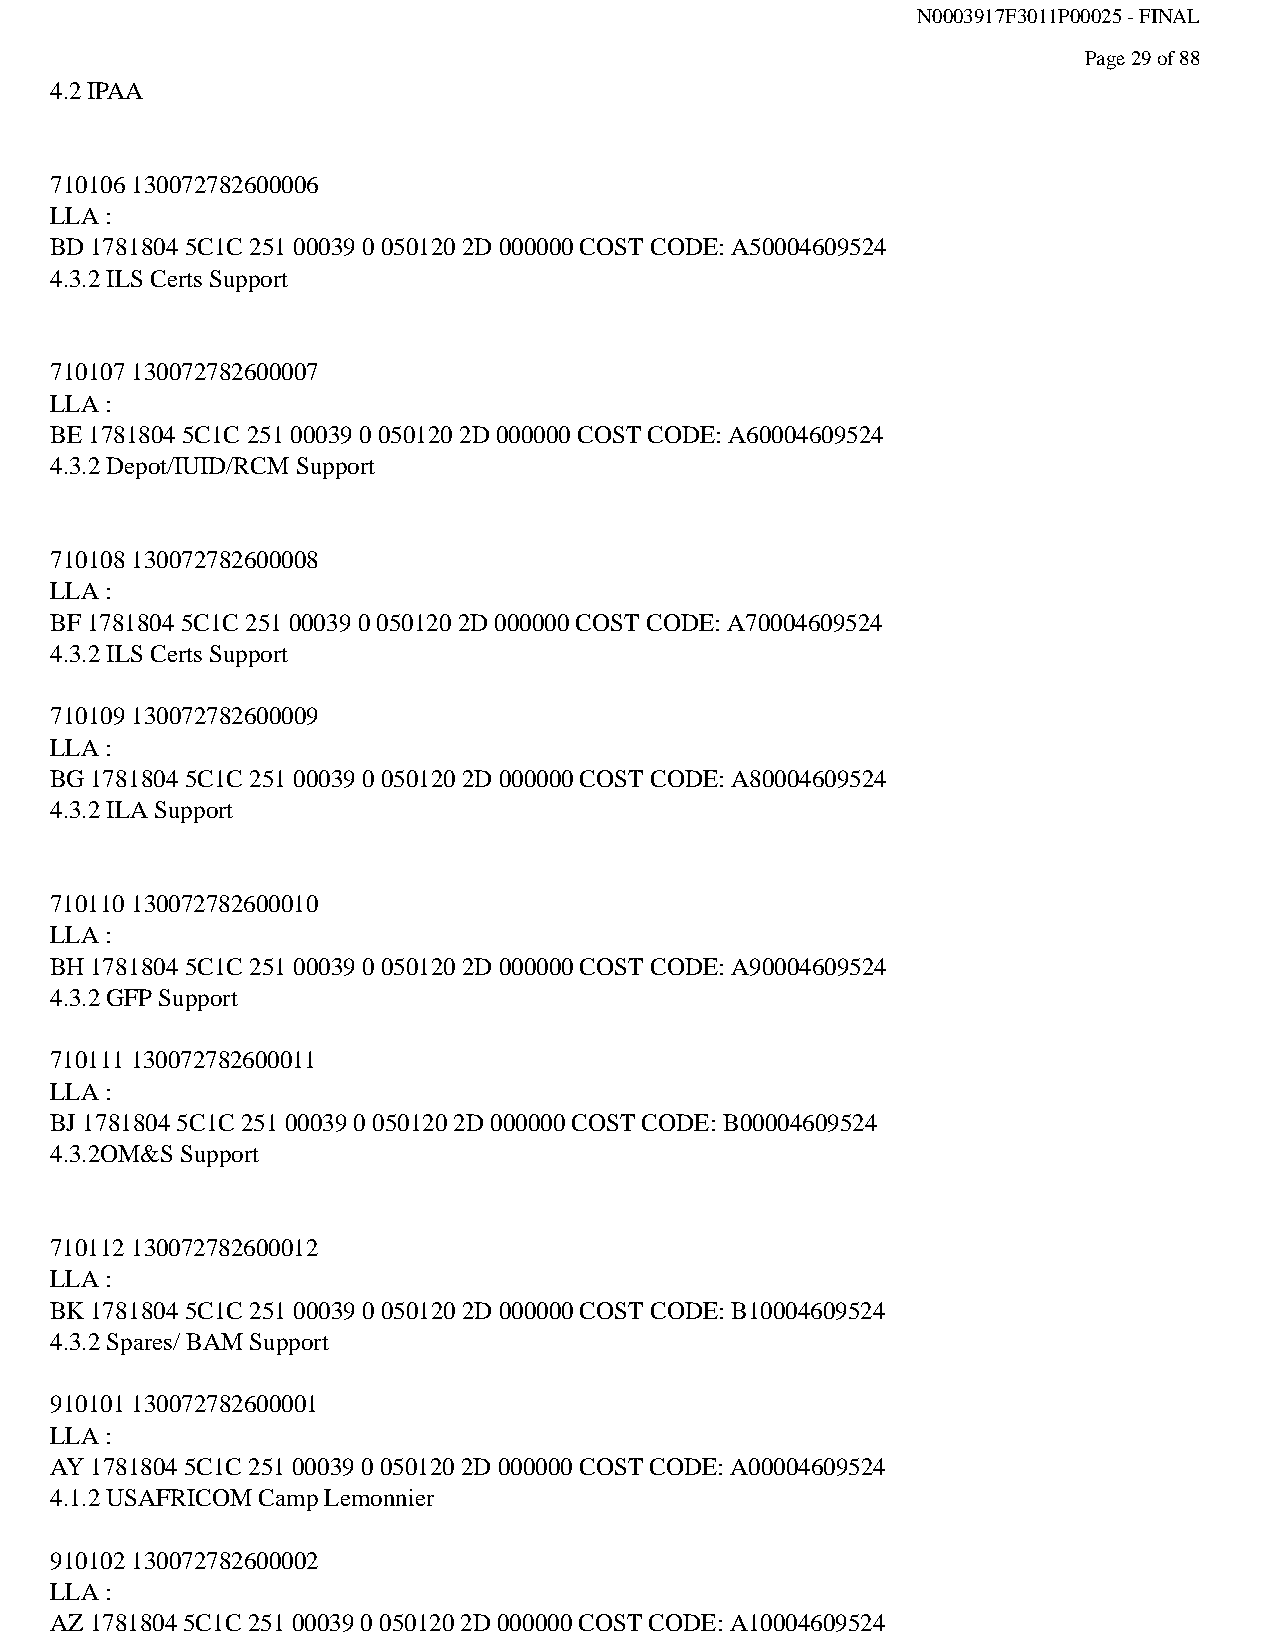
N0003917F3011P00025 - FINAL
 Page 29 of 88
 4.2 IPAA
 710106 130072782600006
 LLA :
 BD 1781804 5C1C 251 00039 0 050120 2D 000000 COST CODE: A50004609524
 4.3.2 ILS Certs Support
 710107 130072782600007
 LLA :
 BE 1781804 5C1C 251 00039 0 050120 2D 000000 COST CODE: A60004609524
 4.3.2 Depot/IUID/RCM Support
 710108 130072782600008
 LLA :
 BF 1781804 5C1C 251 00039 0 050120 2D 000000 COST CODE: A70004609524
 4.3.2 ILS Certs Support
 710109 130072782600009
 LLA :
 BG 1781804 5C1C 251 00039 0 050120 2D 000000 COST CODE: A80004609524
 4.3.2 ILA Support
 710110 130072782600010
 LLA :
 BH 1781804 5C1C 251 00039 0 050120 2D 000000 COST CODE: A90004609524
 4.3.2 GFP Support
 710111 130072782600011
 LLA :
 BJ 1781804 5C1C 251 00039 0 050120 2D 000000 COST CODE: B00004609524
 4.3.2OM&S Support
 710112 130072782600012
 LLA :
 BK 1781804 5C1C 251 00039 0 050120 2D 000000 COST CODE: B10004609524
 4.3.2 Spares/ BAM Support
 910101 130072782600001
 LLA :
 AY 1781804 5C1C 251 00039 0 050120 2D 000000 COST CODE: A00004609524
 4.1.2 USAFRICOM Camp Lemonnier
 910102 130072782600002
 LLA :
 AZ 1781804 5C1C 251 00039 0 050120 2D 000000 COST CODE: A10004609524